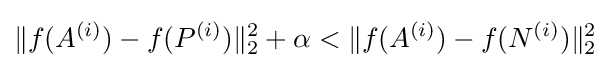
\Vert f(A^{(i)})-f(P^{(i)})\Vert _{2}^{2}+\alpha <\Vert f(A^{(i)})-f(N^{(i)})\Vert _{2}^{2}